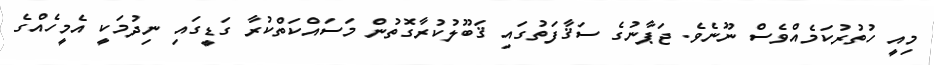
މިއީ ހުތުރުކަމެއްވެސް ނޫނެވެ. ޖަޕާނުގެ ސަޤާފަތުގައި ޤަބޫލުކުރާގޮތުން މަސައްކަތްކުރާ ގަޑީގައި ނިދުމަކީ އެމީހެއްގެ